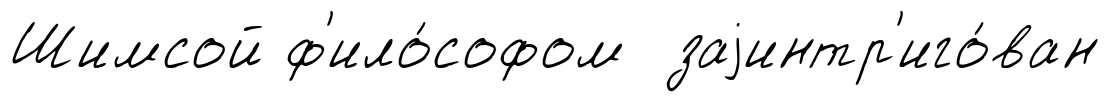
Шимсой ф'ило́софом заjинтр'иго́ван